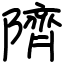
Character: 隮